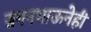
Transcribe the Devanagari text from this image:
सगनभाऊनेही